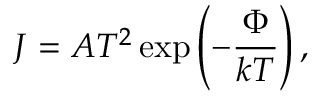
J = A T ^ { 2 } \exp \left( - { \frac { \Phi } { k T } } \right) ,